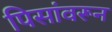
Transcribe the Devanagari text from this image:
पिसांवरून